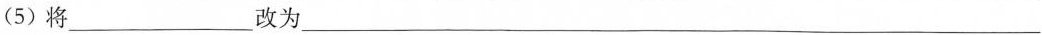
(5)将___改为___